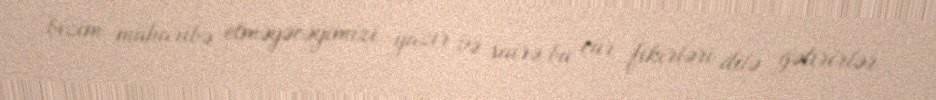
bizim müharibə etməyəcəyimizi yazır və sairə bu cür fikirləri dilə gətirirlər.